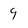
Character: 9